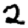
Digit: 2